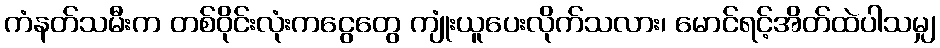
ကံနတ်သမီးက တစ်ဝိုင်းလုံးကငွေတွေ ကျုံးယူပေးလိုက်သလား၊ မောင်ရင့်အိတ်ထဲပါသမျှ